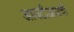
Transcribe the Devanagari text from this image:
आयटीआयची